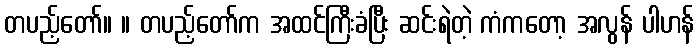
တပည့်တော်။ ။ တပည့်တော်က အထင်ကြီးခံပြီး ဆင်းရဲတဲ့ ကံကတော့ အလွန် ပါဟန်